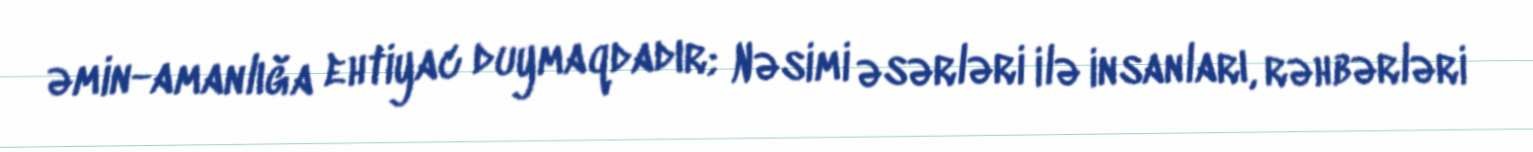
əmin-amanlığa ehtiyac duymaqdadır; Nəsimi əsərləri ilə insanları, rəhbərləri